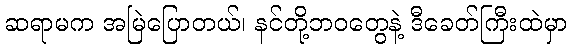
ဆရာမက အမြဲပြောတယ်၊ နင်တို့ဘဝတွေနဲ့ ဒီခေတ်ကြီးထဲမှာ